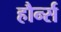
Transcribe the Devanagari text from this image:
हौर्न्स